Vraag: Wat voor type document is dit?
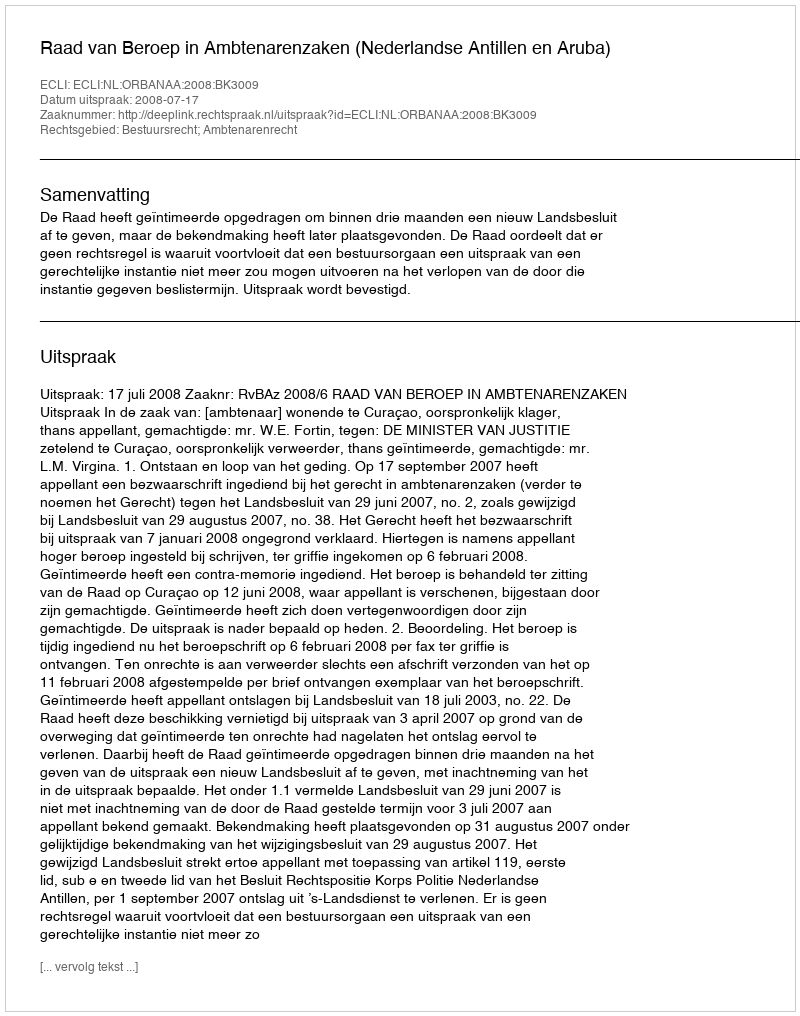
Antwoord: Uitspraak